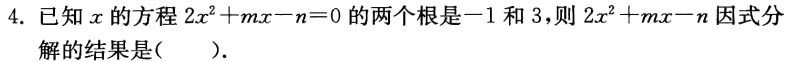
4. 已知$x$的方程$2x^{2}+mx - n = 0$的两个根是$-1$和$3$，则$2x^{2}+mx - n$因式分解的结果是(  ).